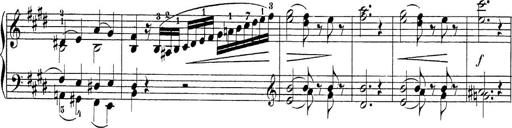
Title: Sonatina Album
Composer: Louis KÃ¶hler